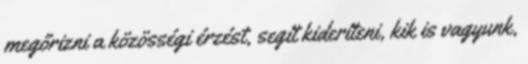
megőrizni a közösségi érzést, segít kideríteni, kik is vagyunk,